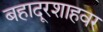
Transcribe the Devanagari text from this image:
बहादूरशाहवर